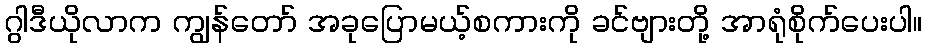
ဂွါဒီယိုလာက ကျွန်တော် အခုပြောမယ့်စကားကို ခင်ဗျားတို့ အာရုံစိုက်ပေးပါ။